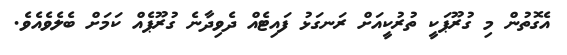
އެގޮތުން މި ގުރޫޕަކީ ތުރުކީއަށް ރަނގަޅު ފައިޓެއް ދެވިދާނެ ގުރޫޕެއް ކަމަށް ބެލެވެއެވެ.